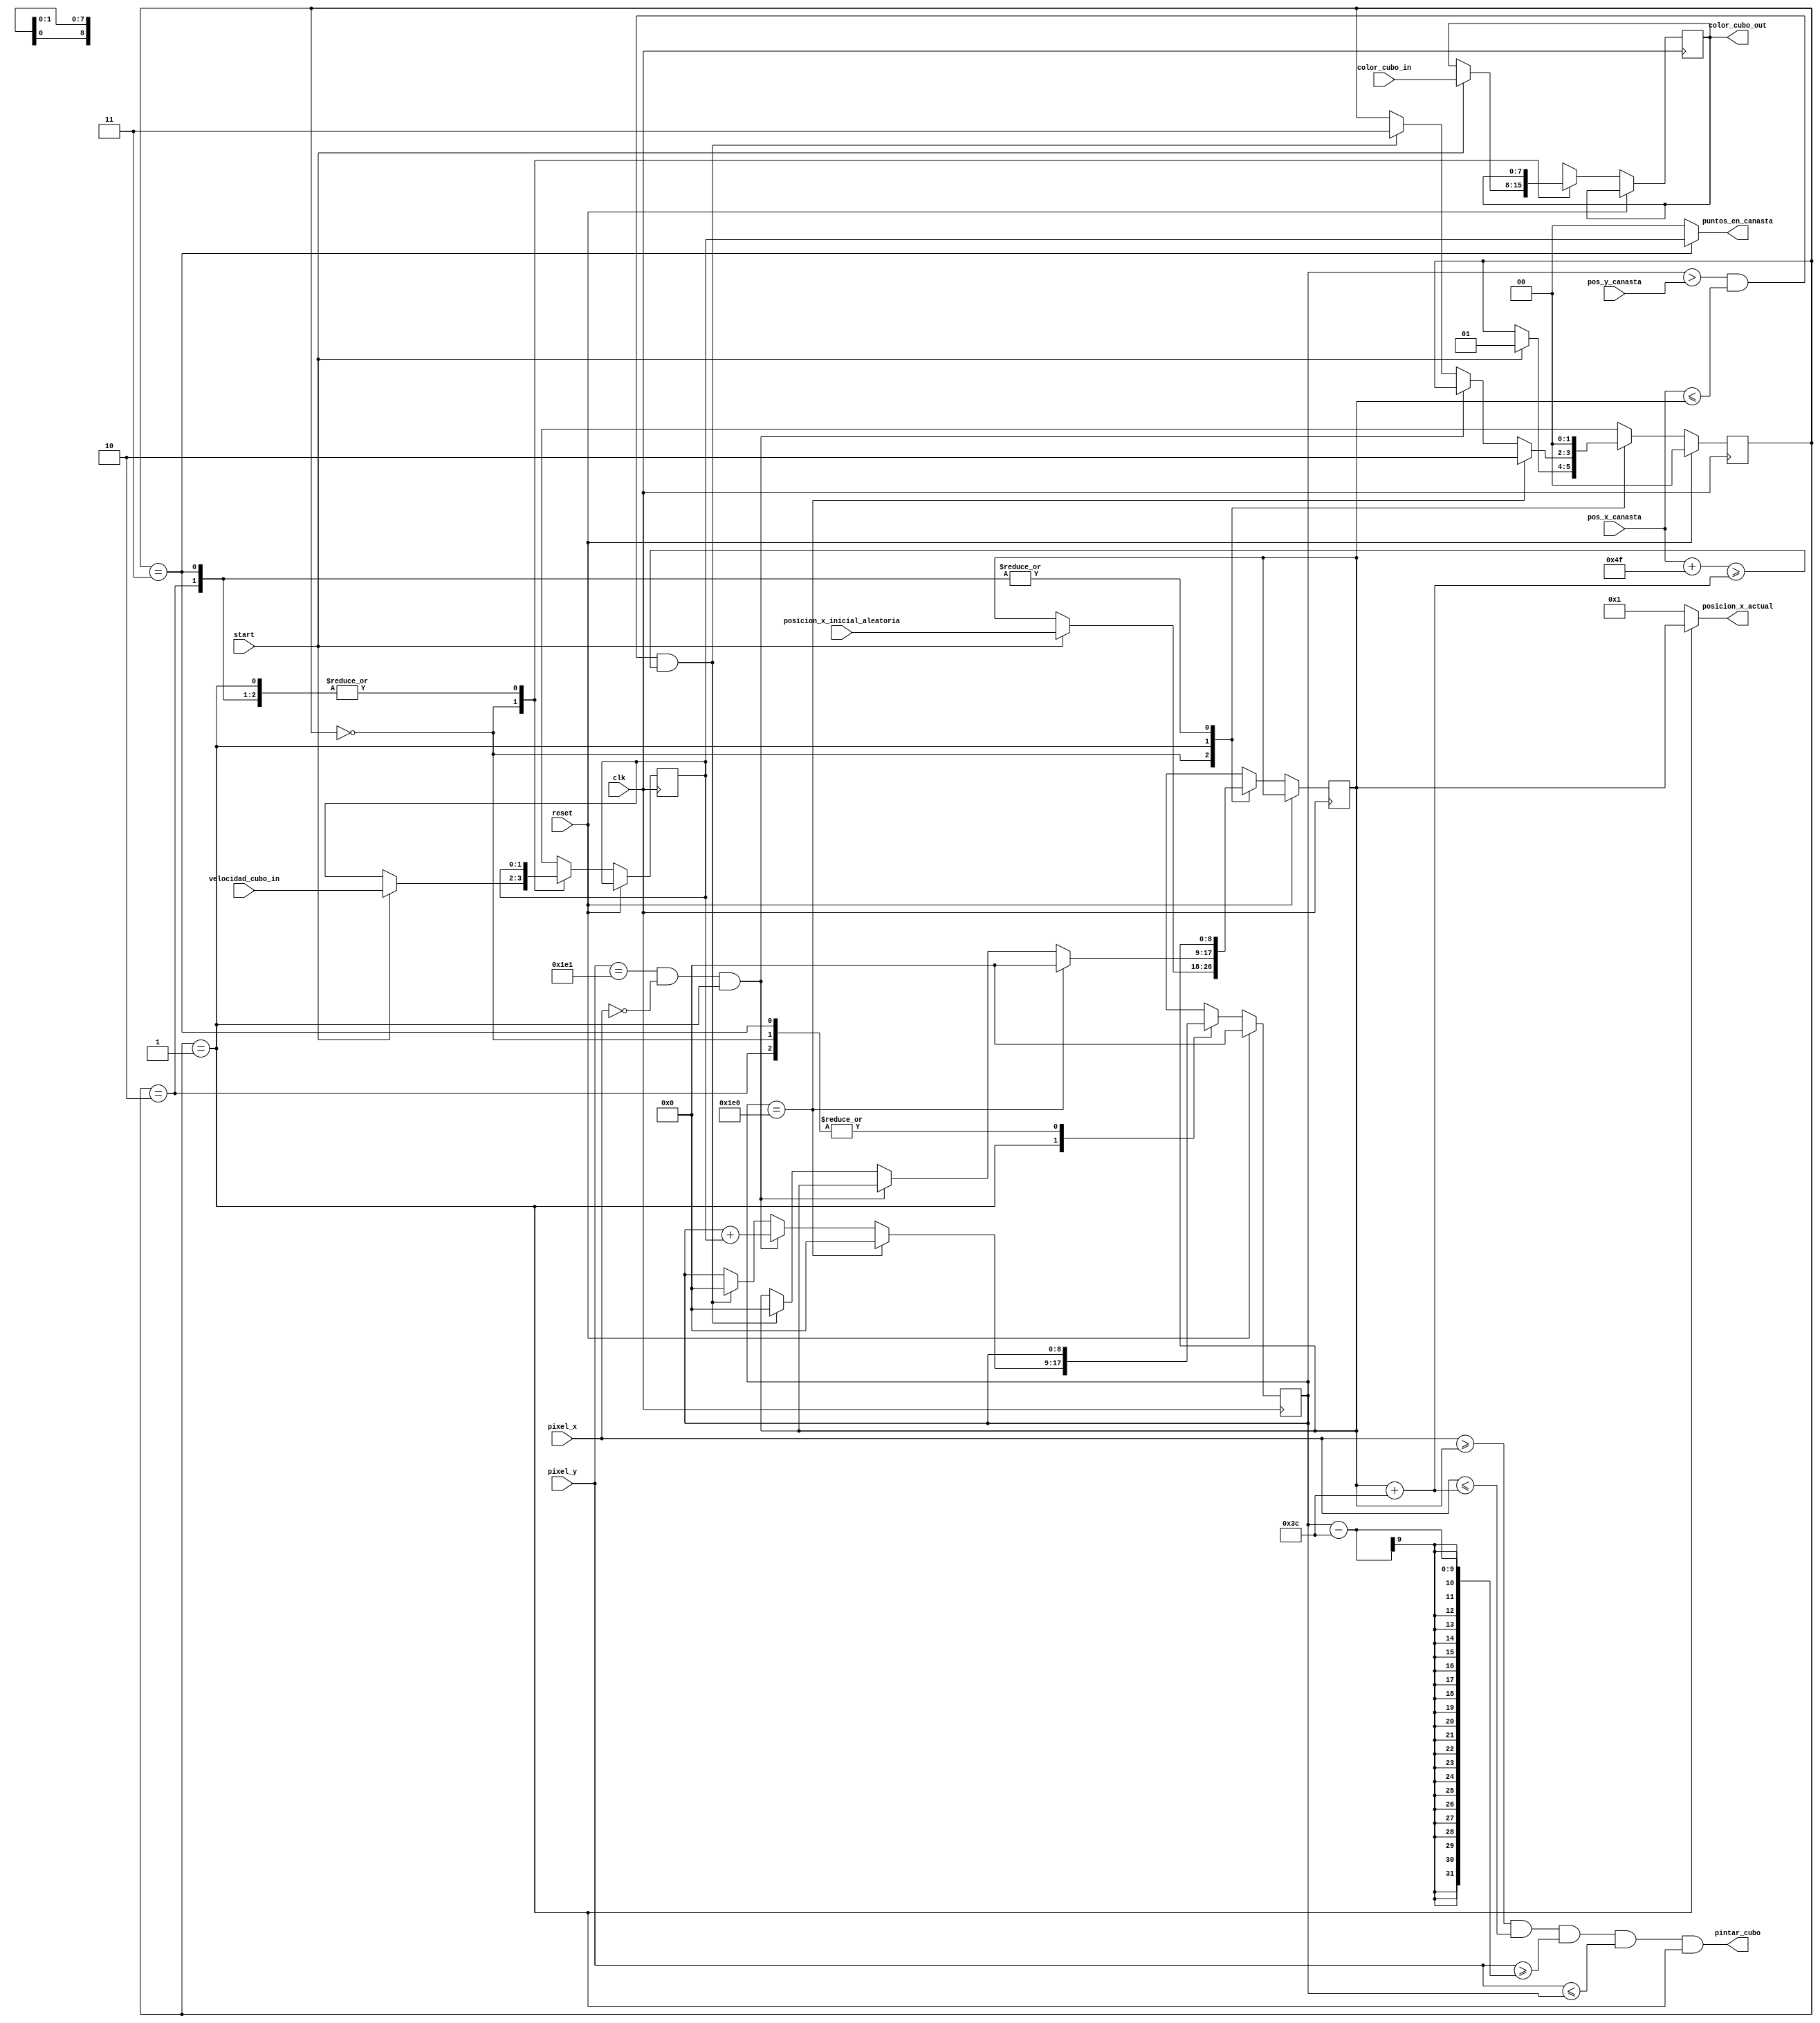
`timescale 1ns / 1ps

module Cubo(
	input clk, 
	input start,
	input reset,
	//input stop,
	input [9:0] pixel_x, pixel_y,
	input [8:0] posicion_x_inicial_aleatoria,
	input [1:0] velocidad_cubo_in,
	input [7:0] color_cubo_in,
	input [9:0] pos_x_canasta,
	input [8:0] pos_y_canasta,
	//output reg [8:0] posicion_y_actual,
	//output terminadoCubo,
	output [7:0] color_cubo_out,
	output [8:0] posicion_x_actual,
	output [1:0] puntos_en_canasta,
	output pintar_cubo
    );

	localparam CUBO_SIZE = 60;
	
	//tamanio de la pantalla
	localparam Max_Y = 480;
	localparam Max_X = 640;
	
	//constantes para los estados
	localparam 
			E_SIN_MOVIMIENTO 			= 0,
			E_EN_MOVIMIENTO 			= 1,
			E_FINALIZADO_RECORRIDO 	= 2,
			E_SUMA_DE_PUNTOS			= 3;

	reg [1:0] e_actual, e_siguiente;
	
	//se utilizan buffers para evitar los latches y para
	//generar la logica secuencial
	reg [8:0] posicion_x_buffer;
	reg [8:0] posicion_x;
	reg [1:0] velocidad_cubo_buffer;
	reg [1:0] velocidad_cubo;
	reg [8:0] posicion_y_siguiente;
	reg [8:0] posicion_y_actual;
	reg [7:0] color_cubo;
	reg [7:0] color_cubo_buffer;
	
	//pulso que se activa cuando el cubo cambia al estado de "en movimiento"
	wire habilitador_cubo;
	//pulso que se activa cuando las posicion x,y del controlador de pantalla
	//han salido del area de pintado (0,481). Se utiliza para actualizar la posicion
	//del cubo en el eje y.
	wire pulso_refrescar;
	
	//asignaciones INTERNAS
	assign pulso_refrescar = (pixel_y == 481) && (pixel_x == 0);
	assign habilitador_cubo = (e_actual == E_EN_MOVIMIENTO);
	
	always @(posedge clk)
		begin
			if(reset)
				begin
					posicion_y_actual <= 0;					
					e_actual <= E_SIN_MOVIMIENTO;
				end
			else 
				begin
					e_actual <= e_siguiente;
					posicion_x <= posicion_x_buffer;
					velocidad_cubo <= velocidad_cubo_buffer;
					posicion_y_actual <= posicion_y_siguiente;
					color_cubo <= color_cubo_buffer;
				end
		end

	always @(*)
		begin
			
			e_siguiente = e_actual;
			posicion_x_buffer = posicion_x;
			velocidad_cubo_buffer = velocidad_cubo;
			posicion_y_siguiente = posicion_y_actual;
			color_cubo_buffer = color_cubo;
			
			case(e_actual)
				E_SIN_MOVIMIENTO:
					begin
						if (start) 
						begin
							posicion_x_buffer = posicion_x_inicial_aleatoria;
							velocidad_cubo_buffer = velocidad_cubo_in;
							color_cubo_buffer = color_cubo_in;
							e_siguiente = E_EN_MOVIMIENTO;
						end
					end
				E_EN_MOVIMIENTO:
					begin
						if (posicion_y_actual == Max_Y)
							begin
								posicion_y_siguiente = 0;
								//se saca de la pantalla
								posicion_x_buffer = 0;
								e_siguiente = E_FINALIZADO_RECORRIDO;
							end
						else if (pulso_refrescar && habilitador_cubo)
							begin
								posicion_y_siguiente = posicion_y_actual + velocidad_cubo;
							end
						else if((posicion_y_actual > pos_y_canasta) &&
								  (pos_x_canasta <= posicion_x) &&
								  ((pos_x_canasta + 79) >= (posicion_x + CUBO_SIZE)))
							begin
								posicion_y_siguiente = 0;
								//se saca de la pantalla
								posicion_x_buffer = 0;
								e_siguiente = E_SUMA_DE_PUNTOS;
							end						
					end
				E_SUMA_DE_PUNTOS:
					begin
						e_siguiente = E_SIN_MOVIMIENTO;
					end
				E_FINALIZADO_RECORRIDO:
					begin
						e_siguiente = E_SIN_MOVIMIENTO;
					end
				default:
					begin
						e_siguiente = E_SIN_MOVIMIENTO;
					end					
			endcase
		end
	
	//asignaciones EXTERNAS

	//condicion para determinar si el valor de los pixeles esta dentro del cubo
	assign pintar_cubo = (pixel_x >= posicion_x) && 
								(pixel_x <= posicion_x + CUBO_SIZE) && 
								(pixel_y >= posicion_y_actual - CUBO_SIZE) && 
								(pixel_y <= posicion_y_actual) && habilitador_cubo; 
	
	//pulso que es alto cuando el cubo llega al fondo de la pantalla
	//assign terminadoCubo = (e_actual == E_FINALIZADO_RECORRIDO);
	
	assign color_cubo_out = color_cubo;
	
	assign posicion_x_actual = e_actual == E_EN_MOVIMIENTO ? posicion_x : 9'b1;
	
	assign puntos_en_canasta = e_actual == E_SUMA_DE_PUNTOS ? velocidad_cubo : 0;
	
endmodule